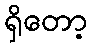
ရှိတော့